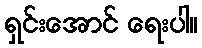
ရှင်းအောင် ရေးပါ။